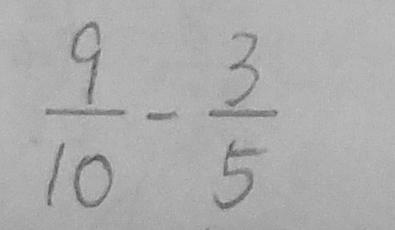
\frac { 9 } { 1 0 } - \frac { 3 } { 5 }